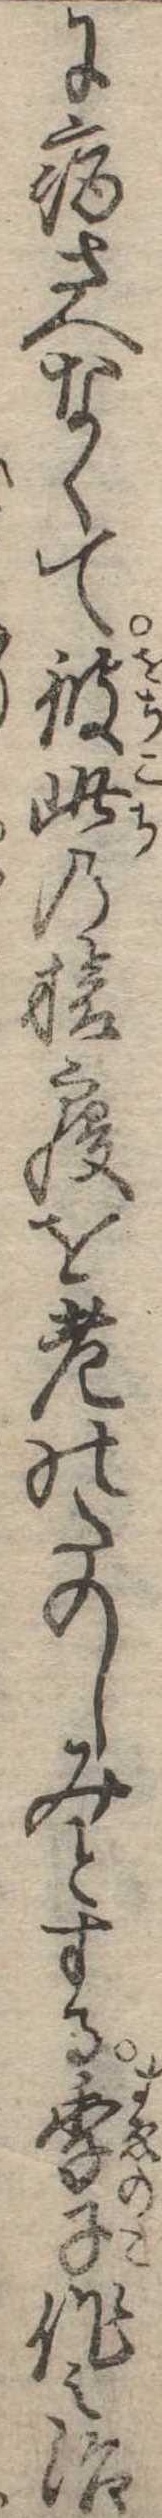
に病さへなくて彼此の旅寝を老のたのしみとする季子作之治